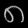
Digit: ၈